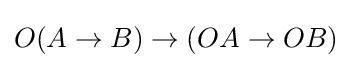
O(A\rightarrow B)\rightarrow (OA\rightarrow OB)